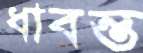
ধাবন্ত